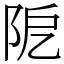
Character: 阸